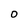
Character: O